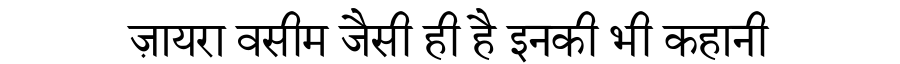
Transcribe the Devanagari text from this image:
ज़ायरा वसीम जैसी ही है इनकी भी कहानी